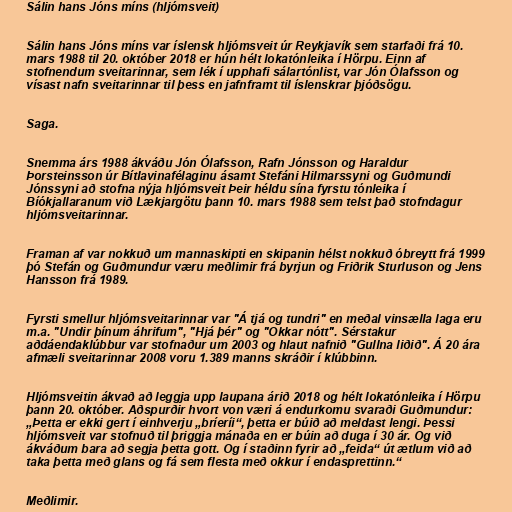
Sálin hans Jóns míns (hljómsveit)

Sálin hans Jóns míns var íslensk hljómsveit úr Reykjavík sem starfaði frá 10.
mars 1988 til 20. október 2018 er hún hélt lokatónleika í Hörpu. Einn af
stofnendum sveitarinnar, sem lék í upphafi sálartónlist, var Jón Ólafsson og
vísast nafn sveitarinnar til þess en jafnframt til íslenskrar þjóðsögu.

Saga.

Snemma árs 1988 ákváðu Jón Ólafsson, Rafn Jónsson og Haraldur
Þorsteinsson úr Bítlavinafélaginu ásamt Stefáni Hilmarssyni og Guðmundi
Jónssyni að stofna nýja hljómsveit Þeir héldu sína fyrstu tónleika í
Bíókjallaranum við Lækjargötu þann 10. mars 1988 sem telst það stofndagur
hljómsveitarinnar.

Framan af var nokkuð um mannaskipti en skipanin hélst nokkuð óbreytt frá 1999
þó Stefán og Guðmundur væru meðlimir frá byrjun og Friðrik Sturluson og Jens
Hansson frá 1989.

Fyrsti smellur hljómsveitarinnar var "Á tjá og tundri" en meðal vinsælla laga eru
m.a. "Undir þínum áhrifum", "Hjá þér" og "Okkar nótt". Sérstakur
aðdáendaklúbbur var stofnaður um 2003 og hlaut nafnið "Gullna liðið". Á 20 ára
afmæli sveitarinnar 2008 voru 1.389 manns skráðir í klúbbinn.

Hljómsveitin ákvað að leggja upp laupana árið 2018 og hélt lokatónleika í Hörpu
þann 20. október. Aðspurðir hvort von væri á endurkomu svaraði Guðmundur:
„Þetta er ekki gert í einhverju „bríeríi“, þetta er búið að meldast lengi. Þessi
hljómsveit var stofnuð til þriggja mánaða en er búin að duga í 30 ár. Og við
ákváðum bara að segja þetta gott. Og í staðinn fyrir að „feida“ út ætlum við að
taka þetta með glans og fá sem flesta með okkur í endasprettinn.“

Meðlimir.